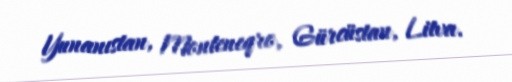
Yunanıstan, Monteneqro, Gürcüstan, Litva.